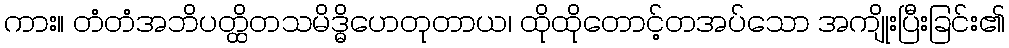
ကား။ တံတံအဘိပတ္ထိတသမိဒ္ဓိဟေတုတာယ၊ ထိုထိုတောင့်တအပ်သော အကျိုးပြီးခြင်း၏